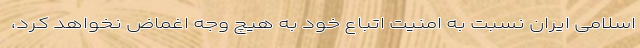
اسلامی ایران نسبت به امنیت اتباع خود به هیچ وجه اغماض نخواهد کرد،